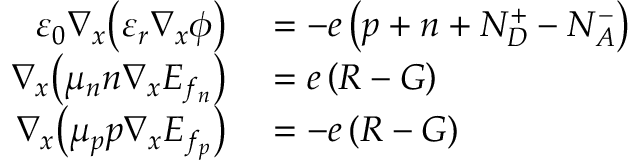
\begin{array} { r } { \begin{array} { r l } { \varepsilon _ { 0 } \nabla _ { x } \big ( \varepsilon _ { r } \nabla _ { x } { \phi } \big ) } & { { } = - e \left( p + n + N _ { D } ^ { + } - N _ { A } ^ { - } \right) } \\ { \nabla _ { x } \big ( \mu _ { n } n \nabla _ { x } E _ { f _ { n } } \big ) } & { { } = e \left( R - G \right) } \\ { \nabla _ { x } \big ( \mu _ { p } p \nabla _ { x } E _ { f _ { p } } \big ) } & { { } = - e \left( R - G \right) } \end{array} } \end{array}